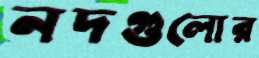
নদগুলোর